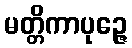
မတ္တိကာပုဉ္ဇေ